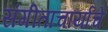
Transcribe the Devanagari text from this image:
संगीताचार्यांचे